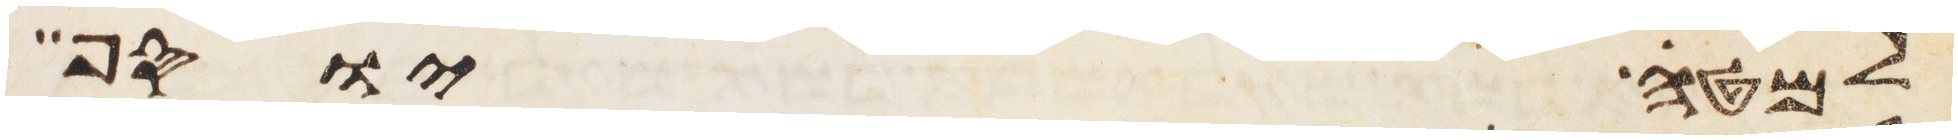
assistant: למטה יוסף